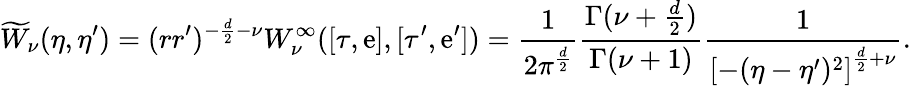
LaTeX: \widetilde{W}_{\nu}(\eta,\eta^{\prime})=(rr^{\prime})^{-\frac{d}{2}-\nu}{W}_{\nu}^{\infty}([\tau,\mathrm{e}],[\tau^{\prime},\mathrm{e}^{\prime}])=\frac{1}{2\pi^{\frac{d}{2}}}\frac{\Gamma(\nu+\frac{d}2)}{\Gamma(\nu+1)}\frac{1}{{[-(\eta-\eta^{\prime})^{2}]}^{\frac{d}{2}+\nu}}.